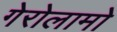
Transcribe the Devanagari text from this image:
गेरोलामो